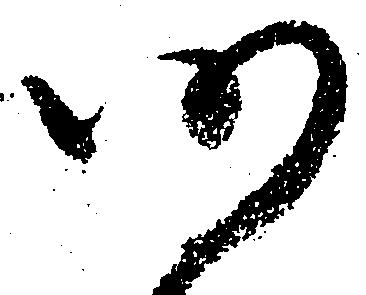
仍